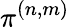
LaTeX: \pi^{(n,m)}